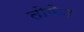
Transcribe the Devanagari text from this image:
तोफेन